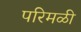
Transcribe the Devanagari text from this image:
परिमळी